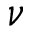
\nu